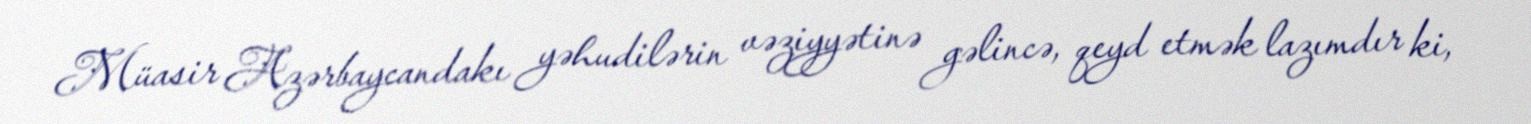
Müasir Azərbaycandakı yəhudilərin vəziyyətinə gəlincə, qeyd etmək lazımdır ki,